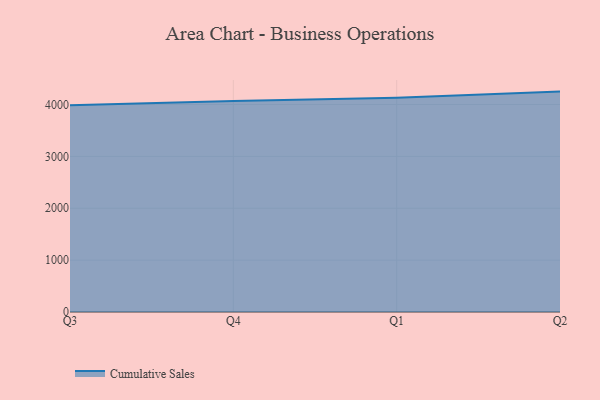
{"axis": {"x": "Quarter", "y": "Energy Usage (MWh)"}, "legend": ["Cumulative Sales"], "data": [{"x": "Q3", "y": 3987.4, "type": "Cumulative Sales"}, {"x": "Q4", "y": 4065.6, "type": "Cumulative Sales"}, {"x": "Q1", "y": 4128.4, "type": "Cumulative Sales"}, {"x": "Q2", "y": 4248.7, "type": "Cumulative Sales"}]}